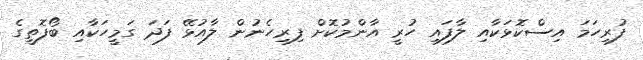
ފުރިހަމަ އިސްކޮޅަކާއި ލާފައި ހުރީ އާންމުކޮށް ފިރިހެނުން ލާއުޅޭ ފަދަ ގަމީހަކާއި ބޯފޮތީގެ